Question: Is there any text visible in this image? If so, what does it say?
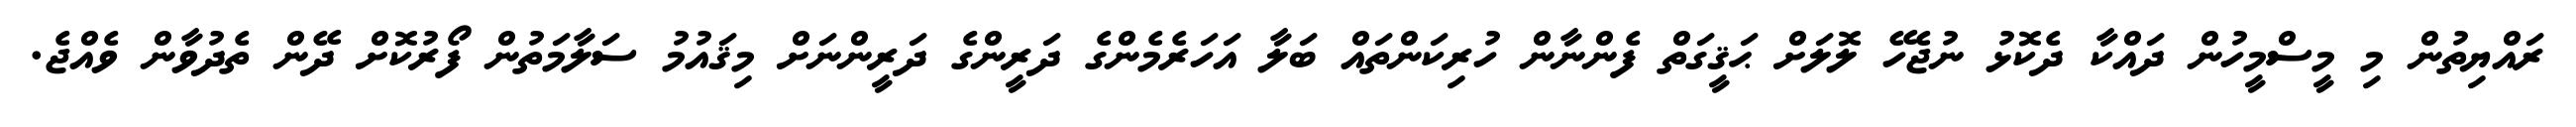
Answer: ރައްޔިތުން މި މީސްމީހުން ދައްކާ ދެކޮޅު ނުޖެހޭ ލޮލަށް ޙަޤީގަތް ފެންނާން ހުރިކަންތައް ބަލާ އަހަރެމެންގެ ދަރީންގެ ދަރީންނަށް މިޤައުމު ސަލާމަތުން ފޯރުކޮށް ދޭން ތެދުވާން ވެއްޖެ.